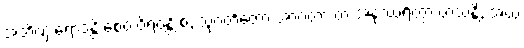
အဘိဏှံ ရောဒန္တိ စေဝ ဝိရဝန္တိ စ, သုဂတိတော အာဂတာ တံ အနုဿရိတွာ ဟသန္တိ, အယံ